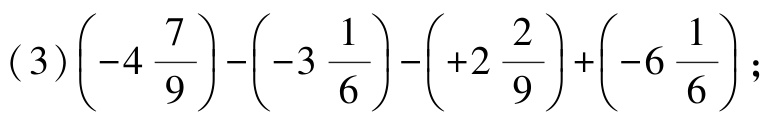
\((3)\left(-4\frac{7}{9}\right)-\left(-3\frac{1}{6}\right)-\left(+2\frac{2}{9}\right)+\left(-6\frac{1}{6}\right);\)